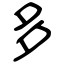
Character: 多